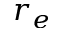
r _ { e }